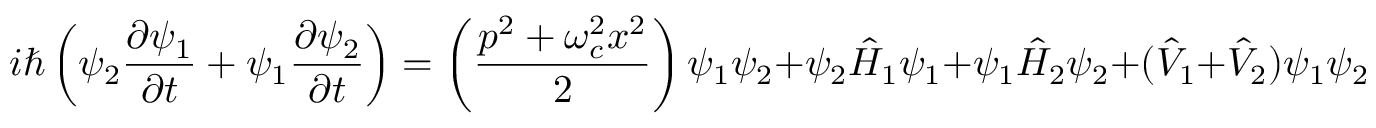
i \hbar \left( \psi _ { 2 } \frac { \partial \psi _ { 1 } } { \partial t } + \psi _ { 1 } \frac { \partial \psi _ { 2 } } { \partial t } \right) = \left( \frac { p ^ { 2 } + \omega _ { c } ^ { 2 } x ^ { 2 } } { 2 } \right) \psi _ { 1 } \psi _ { 2 } + \psi _ { 2 } \hat { H } _ { 1 } \psi _ { 1 } + \psi _ { 1 } \hat { H } _ { 2 } \psi _ { 2 } + ( \hat { V } _ { 1 } + \hat { V } _ { 2 } ) \psi _ { 1 } \psi _ { 2 } .